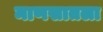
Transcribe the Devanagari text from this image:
माणसातला